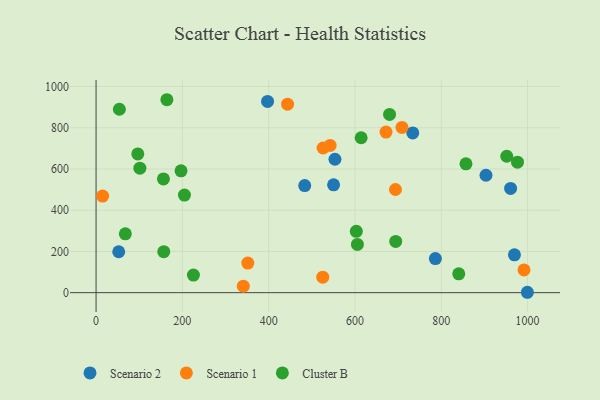
{"axis": {"x": "Experience", "y": "Fuel Efficiency"}, "legend": ["Cluster B", "Scenario 1", "Scenario 2"], "data": [{"x": "969.5", "y": 183.8, "type": "Scenario 2"}, {"x": "960.6", "y": 505.8, "type": "Scenario 2"}, {"x": "903.6", "y": 569.5, "type": "Scenario 2"}, {"x": "553.6", "y": 647.3, "type": "Scenario 2"}, {"x": "550.4", "y": 523.0, "type": "Scenario 2"}, {"x": "999.5", "y": 1.9, "type": "Scenario 2"}, {"x": "733.9", "y": 774.8, "type": "Scenario 2"}, {"x": "52.5", "y": 198.4, "type": "Scenario 2"}, {"x": "786.3", "y": 165.2, "type": "Scenario 2"}, {"x": "397.4", "y": 927.9, "type": "Scenario 2"}, {"x": "483.5", "y": 519.3, "type": "Scenario 2"}, {"x": "15.2", "y": 468.7, "type": "Scenario 1"}, {"x": "351.6", "y": 143.6, "type": "Scenario 1"}, {"x": "693.8", "y": 500.6, "type": "Scenario 1"}, {"x": "671.9", "y": 778.9, "type": "Scenario 1"}, {"x": "443.7", "y": 914.5, "type": "Scenario 1"}, {"x": "991.7", "y": 110.4, "type": "Scenario 1"}, {"x": "526.1", "y": 701.8, "type": "Scenario 1"}, {"x": "542.4", "y": 714.3, "type": "Scenario 1"}, {"x": "708.9", "y": 801.4, "type": "Scenario 1"}, {"x": "341.2", "y": 31.3, "type": "Scenario 1"}, {"x": "525.3", "y": 75.1, "type": "Scenario 1"}, {"x": "605.6", "y": 233.9, "type": "Cluster B"}, {"x": "976.6", "y": 632.9, "type": "Cluster B"}, {"x": "603.1", "y": 297.8, "type": "Cluster B"}, {"x": "156.9", "y": 199.0, "type": "Cluster B"}, {"x": "694.4", "y": 248.6, "type": "Cluster B"}, {"x": "951.7", "y": 661.7, "type": "Cluster B"}, {"x": "101.5", "y": 604.1, "type": "Cluster B"}, {"x": "156.1", "y": 551.6, "type": "Cluster B"}, {"x": "857.2", "y": 625.0, "type": "Cluster B"}, {"x": "204.8", "y": 473.5, "type": "Cluster B"}, {"x": "54.0", "y": 889.8, "type": "Cluster B"}, {"x": "225.6", "y": 85.5, "type": "Cluster B"}, {"x": "196.9", "y": 591.3, "type": "Cluster B"}, {"x": "67.8", "y": 285.4, "type": "Cluster B"}, {"x": "614.3", "y": 751.6, "type": "Cluster B"}, {"x": "680.1", "y": 864.5, "type": "Cluster B"}, {"x": "164.1", "y": 936.0, "type": "Cluster B"}, {"x": "96.7", "y": 673.3, "type": "Cluster B"}, {"x": "840.5", "y": 91.4, "type": "Cluster B"}]}